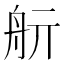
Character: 𦨘